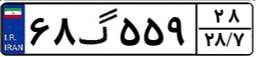
۲۸گ۰۴۲۹۲